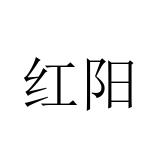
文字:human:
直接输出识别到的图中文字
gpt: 红阳